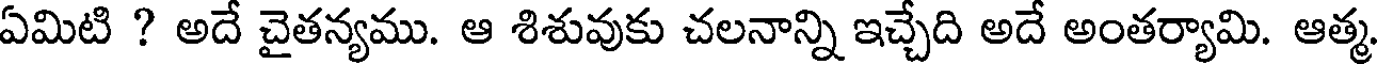
ఏమిటి ? అదే చైతన్యము. ఆ శిశువుకు చలనాన్ని ఇచ్చేది అదే అంతర్యామి. ఆత్మ